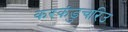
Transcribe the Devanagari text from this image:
करकंडुचरिउ